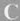
C